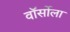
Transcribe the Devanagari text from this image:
वॉर्सोला